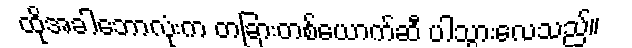
ထိုအခါဘောလုံးက တခြားတစ်ယောက်ဆီ ပါသွားလေသည်။